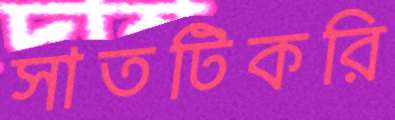
সাতটিকরি